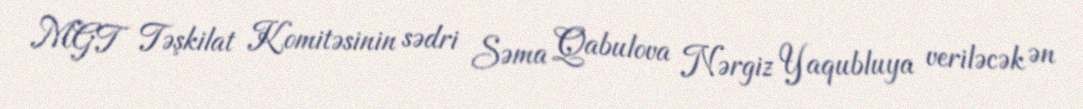
MGT Təşkilat Komitəsinin sədri Səma Qabulova Nərgiz Yaqubluya veriləcək ən